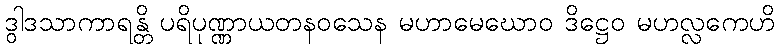
ဒွါဒသာကာရန္တိ ပရိပုဏ္ဏာယတနဝသေန မဟာမေဃောဝ ဒိဋ္ဌေဝ မဟလ္လကေဟိ